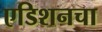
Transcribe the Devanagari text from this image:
एडिशनचा